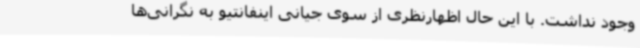
وجود نداشت. با این حال اظهارنظری از سوی جیانی اینفانتیو به نگرانی‌ها